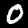
Label: 0